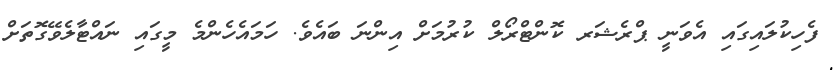
ފެހިކުލައިގައި އެވަނީ ޕްރެޝަރ ކޮންޓްރޯލް ކުރުމަށް އިންނަ ބައެވެ. ހަމައެހެންމެ މީގައި ނައްޓާލެވޭގޮތަށް